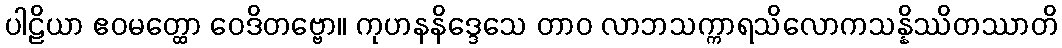
ပါဠိယာ ဧဝမတ္ထော ဝေဒိတဗ္ဗော။ ကုဟနနိဒ္ဒေသေ တာဝ လာဘသက္ကာရသိလောကသန္နိဿိတဿာတိ